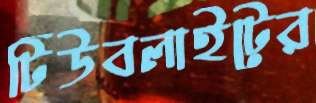
টিউবলাইটের